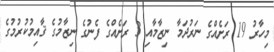
މިހާރު 19 ރަށެއްގެ ނަރުދަމާ ނިޒާމާއި 3 ރަށެއްގެ ފެނުގެ ނިޒާމުގެ ޤާއިމުކުރުމުގެ